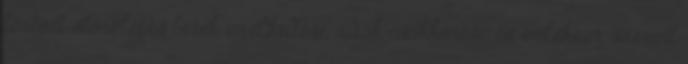
történt előrelépés bérek emelkedése, adók csökkenése. és emlékeim szerint